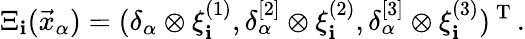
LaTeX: \Xi_{\mathbf{i}}(\vec{{x}}_{\alpha})=(\delta_{\alpha}\otimes\xi_{\mathbf{i}}^{(1)},\delta_{\alpha}^{[2]}\otimes\xi_{\mathbf{i}}^{(2)},\delta_{\alpha}^{[3]}\otimes\xi_{\mathbf{i}}^{(3)})^{\mathrm{{~T~}}}.